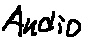
Text: Audio